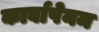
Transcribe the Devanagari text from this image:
कार्बापेनम